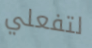
لتفعلي